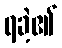
ရခဲ့၏